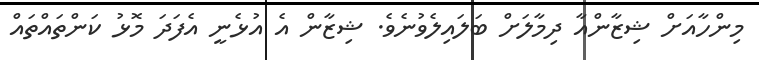
މިންހާއަށް ޝިޒާންއާ ދިމާލަށް ބަލައިލެވުނެވެ. ޝިޒާން އެ އުޅެނީ އެފަދަ މޮޅު ކަންތައްތައް